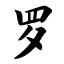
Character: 罗